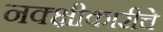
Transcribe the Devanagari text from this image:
नक्क्षीकारीचे